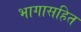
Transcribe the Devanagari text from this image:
भागासहित